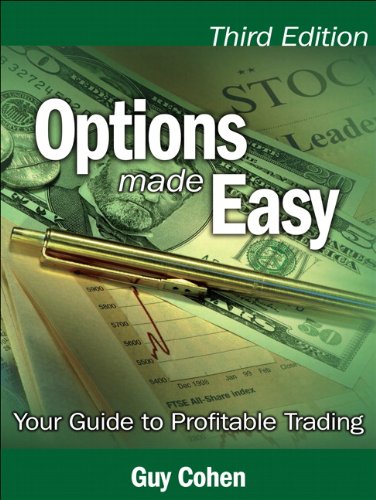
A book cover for Options Made Easy: Your Guide to Profitable Trading (3rd Edition); Guy Cohen; Business & Money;